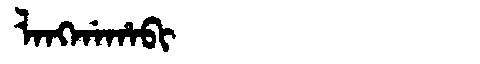
Manchu: ᠯᠠᠩᡤᠠᡥᠠᠪᡳ
Romanization: LANGGAHABI